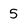
Character: 5